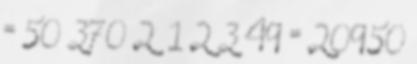
= 50×370 2× 1 2 3 49 = 20950